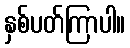
နှစ်ပတ်ကြာပါ။